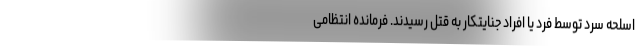
اسلحه سرد توسط فرد یا افراد جنایتکار به قتل رسیدند. فرمانده انتظامی